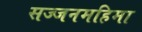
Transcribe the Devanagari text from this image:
सज्जनमहिमा